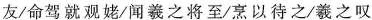
友/命驾就观姥/闻羲之将至/烹以待之/羲之叹